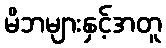
မိဘများနှင့်အတူ